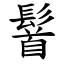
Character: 䭮